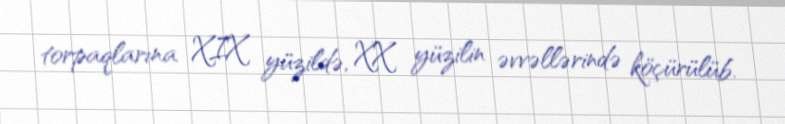
torpaqlarına XIX yüzildə, XX yüzilin əvvəllərində köçürülüb.